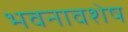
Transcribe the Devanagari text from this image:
भवनावशेष